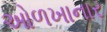
ઓળખાનાર